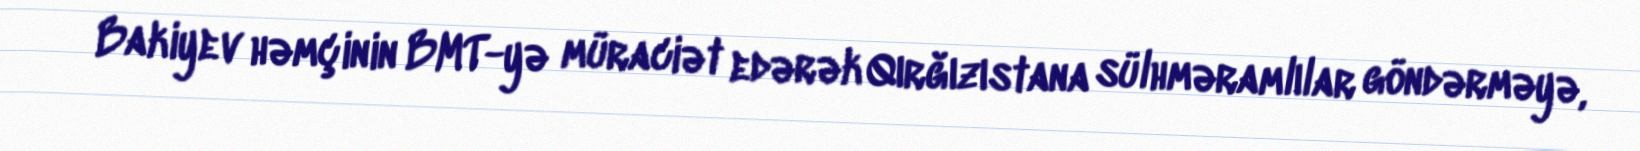
Bakiyev həmçinin BMT-yə müraciət edərək Qırğızıstana sülhməramlılar göndərməyə,